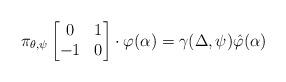
LaTeX: \begin{align*} \pi_{\theta,\psi}\begin{bmatrix} 0&1 \\ -1&0 \end{bmatrix} \cdot \varphi(\alpha) = \gamma(\Delta,\psi)\hat{\varphi}(\alpha)\end{align*}